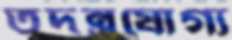
তদন্তযোগ্য